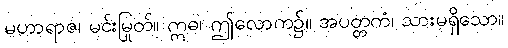
မဟာရာဇ၊ မင်းမြတ်။ ဣဓ၊ ဤလောက၌။ အပုတ္တကံ၊ သားမရှိသော။